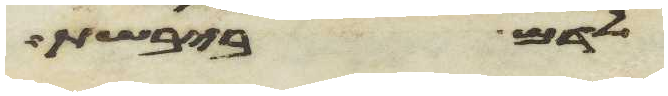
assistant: לדם ביבשת